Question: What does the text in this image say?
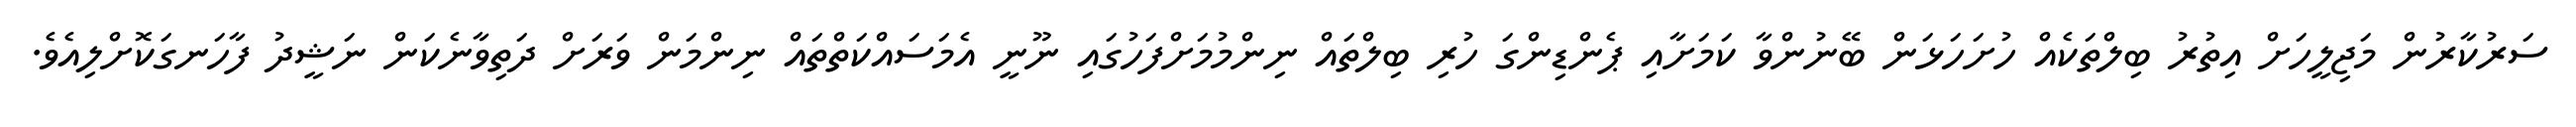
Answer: ސަރުކާރުން މަޖިލީހަށް އިތުރު ބިލްތަކެއް ހުށަހަޅަން ބޭނުންވާ ކަމަށާއި ޕެންޑިންގަ ހުރި ބިލްތައް ނިންމުމަށްފަހުގައި ނޫނީ އެމަސައްކަތްތައް ނިންމަން ވަރަށް ދަތިވާނެކަން ނަޝީދު ފާހަނގަކޮށްލިއެވެ.